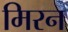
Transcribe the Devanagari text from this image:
मिरन